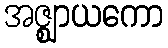
အဇ္ဈာယကော